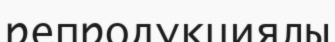
репродукциялы